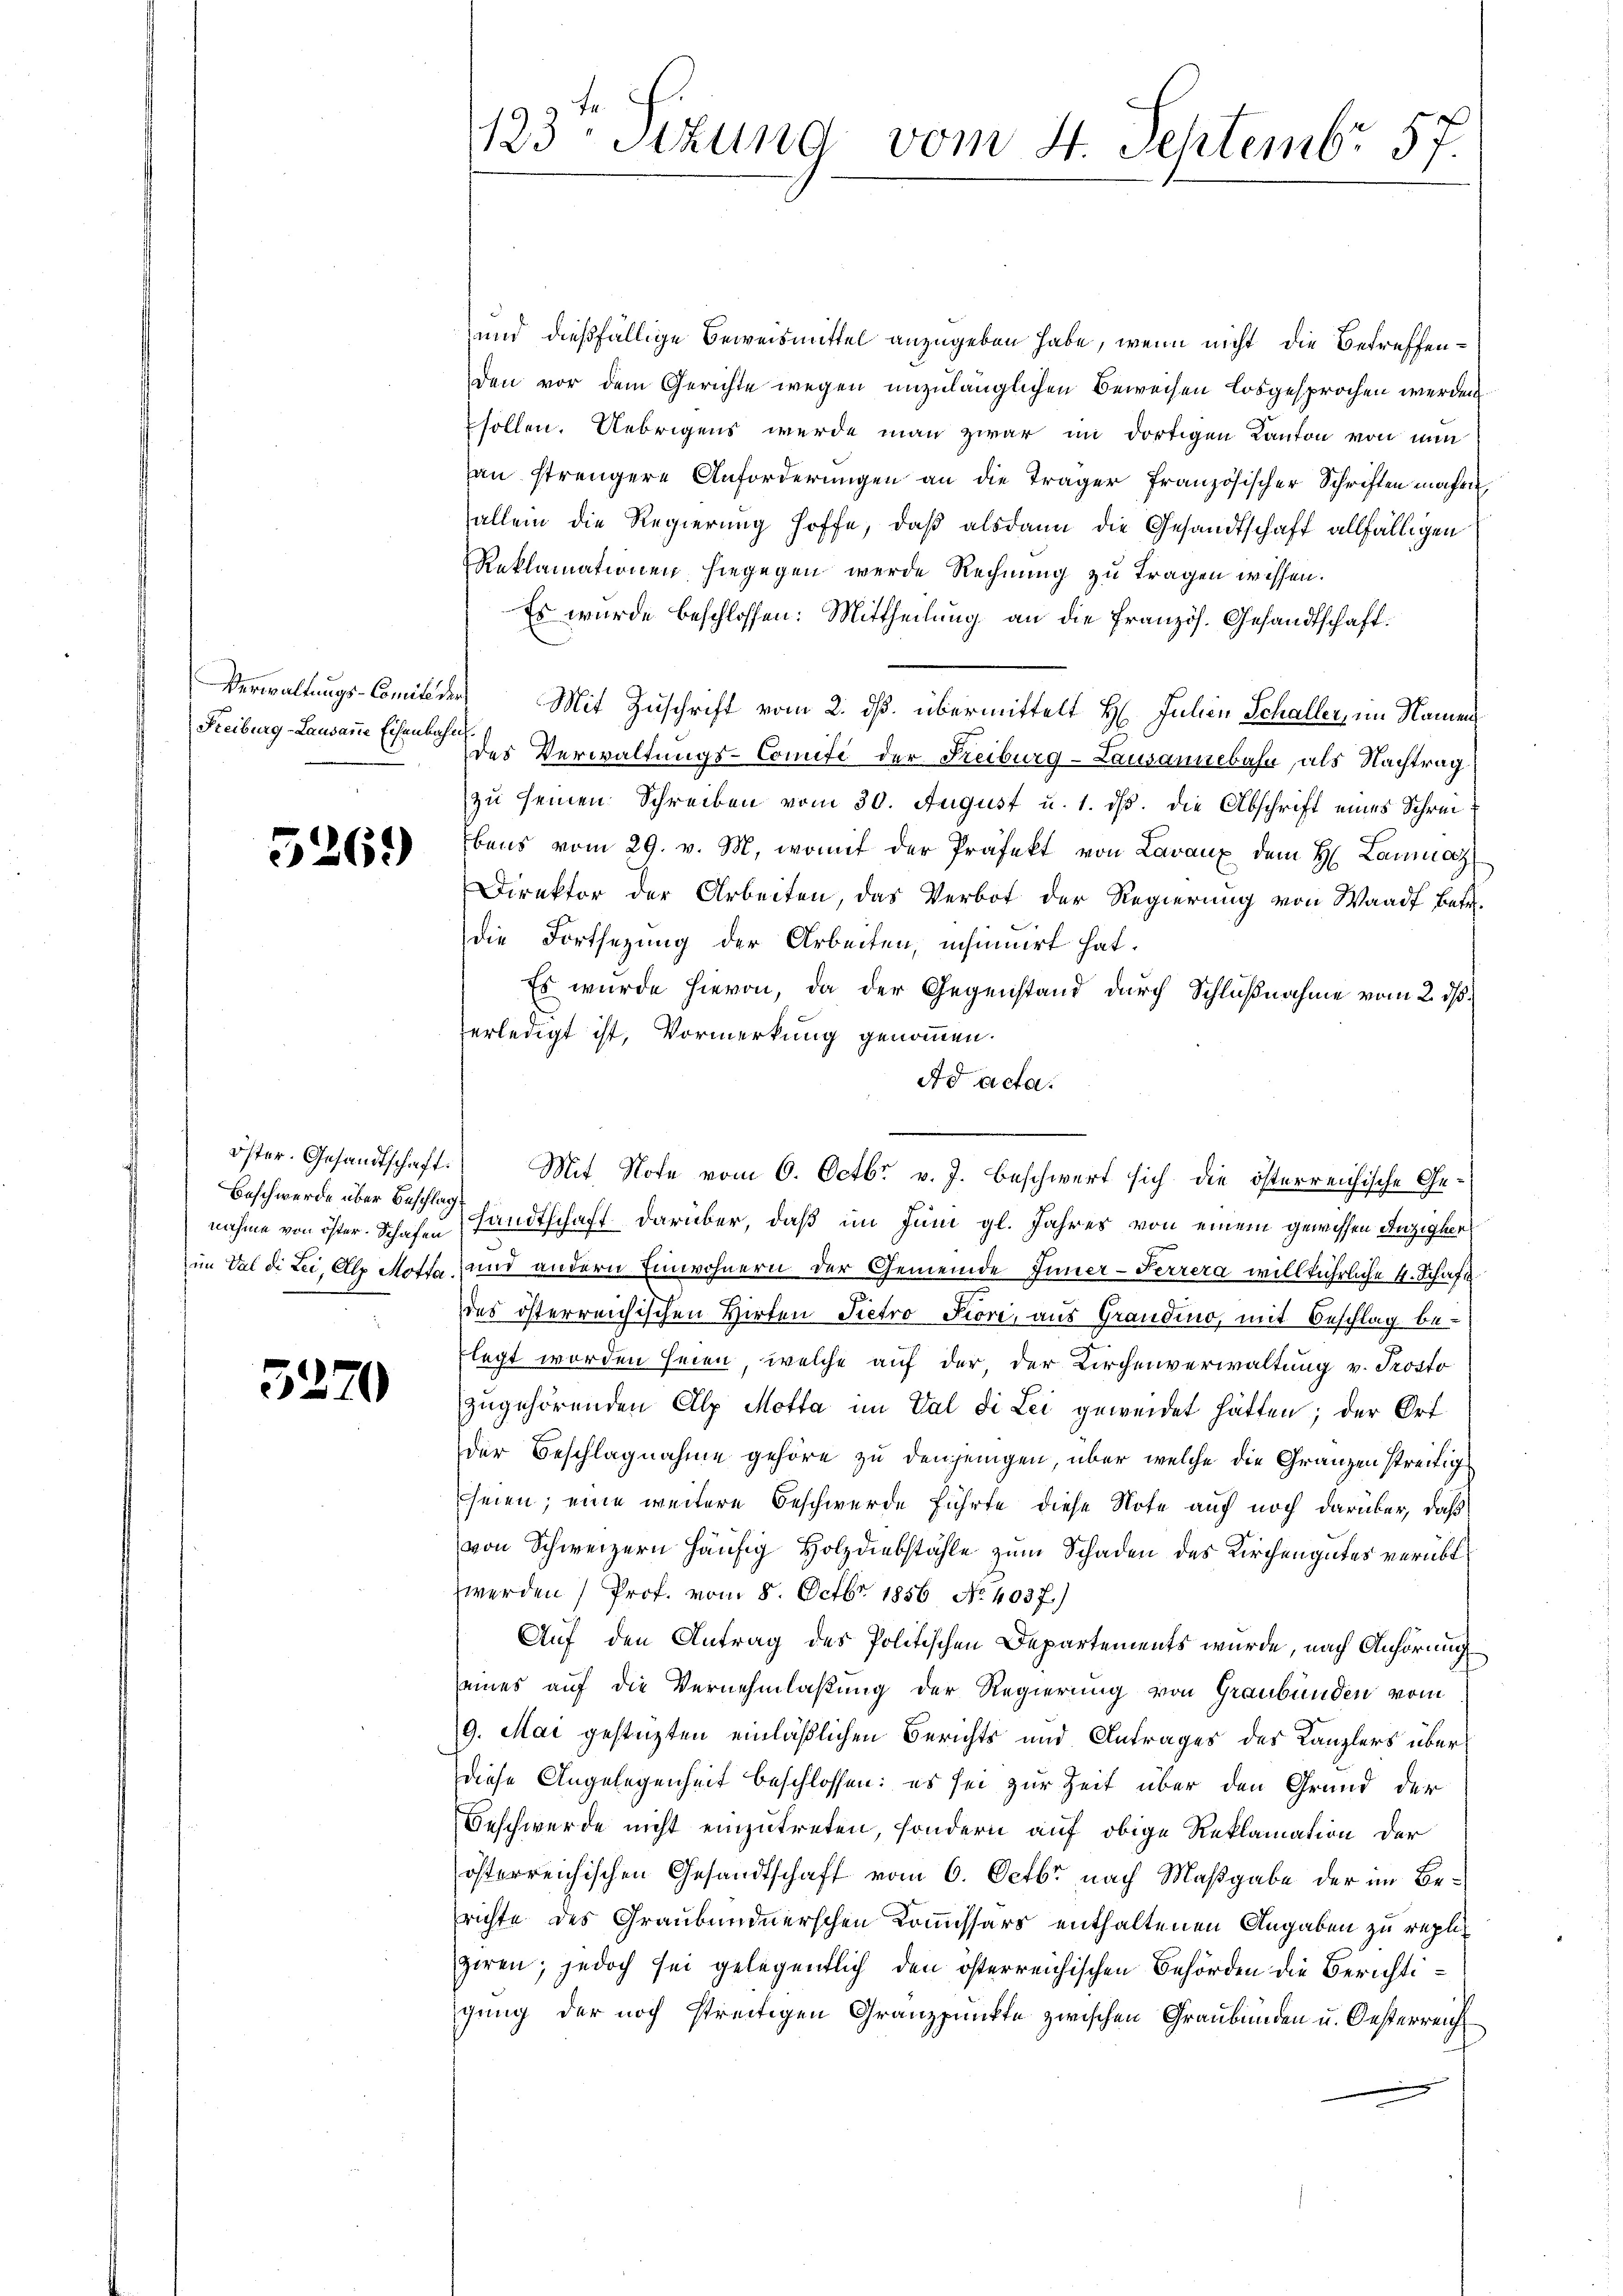
Freiburg-Lausanne Eisenbahn

526.)

Beschwerde über Beschlag

5270

und dießfällige Beweismittel anzugeben habe, wenn nicht die Betreffenden vor dem Gerichte wegen unzulänglichen Beweisen losgesprochen werden
sollen. Uebrigens werde man zwar im dortigen Kanton von nun
an strengere Anforderungen an die Träger französischer Schriften machen,
allein die Regierung hoffe, daß alsdann die Gesandtschaft allfälligen
Reklamationen hiegegen werde Rechnung zu tragen wissen.
Es wurde beschlossen: Mittheilung an die Französ. Gesandtschaft.
Verwaltungs-Comit der Mit Zuschrift vom 2. ds. übermittelt H. Julian Schaller, im Namendes Verwaltungs-Comite der Freiburg-Lausannebahn, als Nachtrag
zu seinen Schreiben vom 30. August u. 1. ds. die Abschrift eines Schreibens vom 29. v. M., womit der Präfekt von Lavaux dem H. Lanmas
Direktor der Arbeiten, das Verbot der Regierung von Waadt betr.
die Fortsetzung der Arbeiten, insinuirt hat.
Es wurde hievon, da der Gegenstand durch Schlußnahme vom 2. ds.
erledigt ist, Vormerkung genommen.
Ad acta.
nahme von öster. Schafen sandtschaft darüber, daß im Juni gl. Jahres von einem gewissen Anzighert
im Val die Lei, Alle Motta und andern Einwohnern der Gemeinde Inner-Perrera willkührliche 4. Schaft
des österreichischen Hirten Pietro Fiore, aus Grandio, mit Beschlag belegt worden seien, welche auf der, der Kirchenverwaltung v. Trosto
zugehörenden Alp Motta im Val di Lei geweidet hätten; der Ort
der Beschlagnahme gehöre zu denjenigen, über welche die Gränzen streitig
seien; eine weitere Beschwerde führte diese Note auf noch darüber, daß
von Schweizern häufig Holzdiebstähle zum Schaden des Kirchengutes verübt
werden Prof. vom 8. Octbr. 1856 No 4037.)
Auf den Antrag des Politischen Departements wurde, nach Anhörung
eines auf die Vernehmlaßung der Regierung von Graubünden vom
9. Mai gestüzten einläßlichen Berichts und Antrages des Kanzlers überdiese Angelegenheit beschlossen: es sei zur Zeit über den Grund der
Beschwerde nicht einzutreten, sondern auf obige Reklamation der
österreichischen Gesandtschaft vom 6. Octbr nach Maßgabe der im Berichte des Graubündnerschen Kommissärs enthaltenen Angaben zu repliziren; jedoch sei gelegentlich den österreichischen Behörden die Berichtigung der noch streitigen Granzpunkte zwischen Graubünden u. Oesterreich

123 Sizung vom 4. Septembr 57.

öster. Gesandtschaft. Mit Note vom 6. Octbr. v. J. beschwert sich die österreichische Ge-